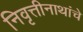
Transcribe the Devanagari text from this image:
निवृत्तीनाथांचे